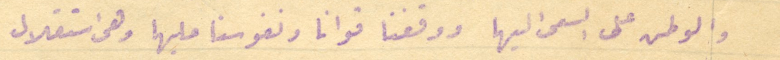
والوطن على السعى اليها ووقفنا قوانا ونفوسنا عليها وهى استقلال